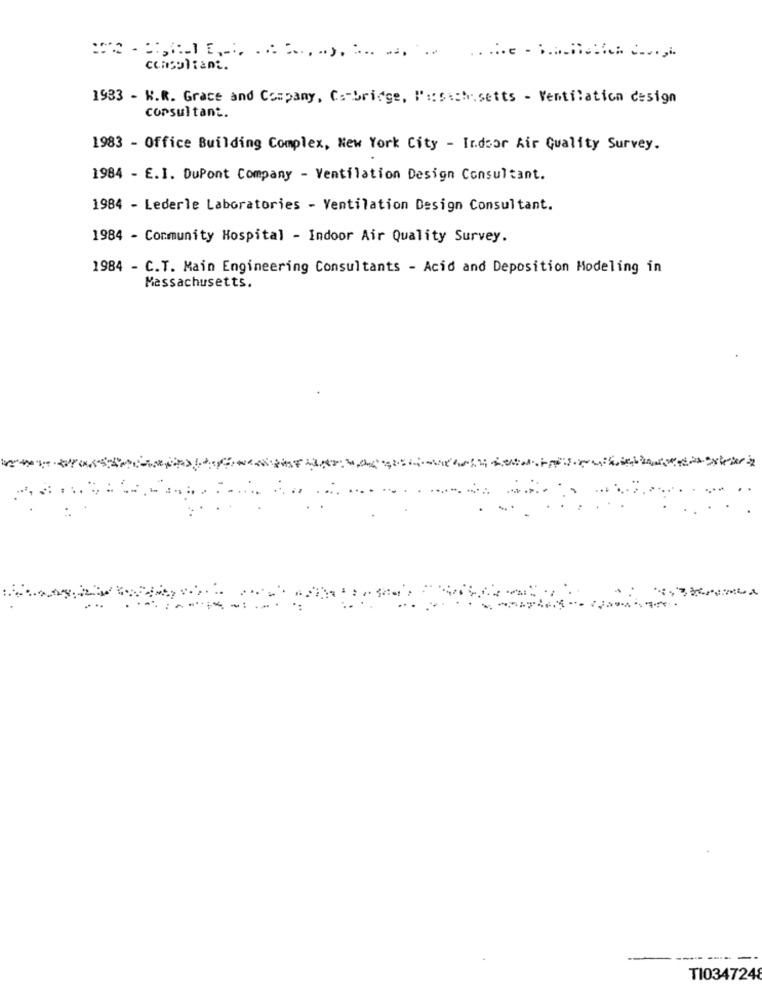
consultant.
1933 - R.R. Grace and Company, Cambridge, Parsich setts - Ventilation design
consultant.
1983 - Office Building Complex, New York City - Indoor Air Quality Survey.
1984 - E.I. DuPont Company - Ventilation Design Consultant.
1984 - Lederle Laboratories - Ventilation Design Consultant.
1984 - Community Hospital - Indoor Air Quality Survey.
1984 - C.T. Main Engineering Consultants - Acid and Deposition Modeling in
Massachusetts.
TI0347248